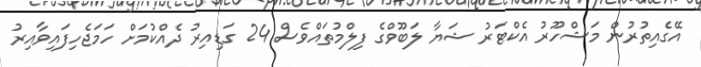
އޭގެއިތުރުން މަޝްހޫރު އެކްޓަރު ޝަޔާ ލަބޫވްގެ ފިލްމުތައްވެސް 24 ގަޑިއިރު ދެއްކުމަށް ހަމަޖެހިފައިވާއިރު